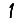
Digit: 1